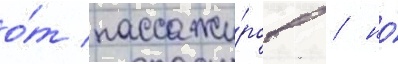
о́т пассажи́ров / но́